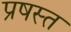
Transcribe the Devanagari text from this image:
प्रषस्त